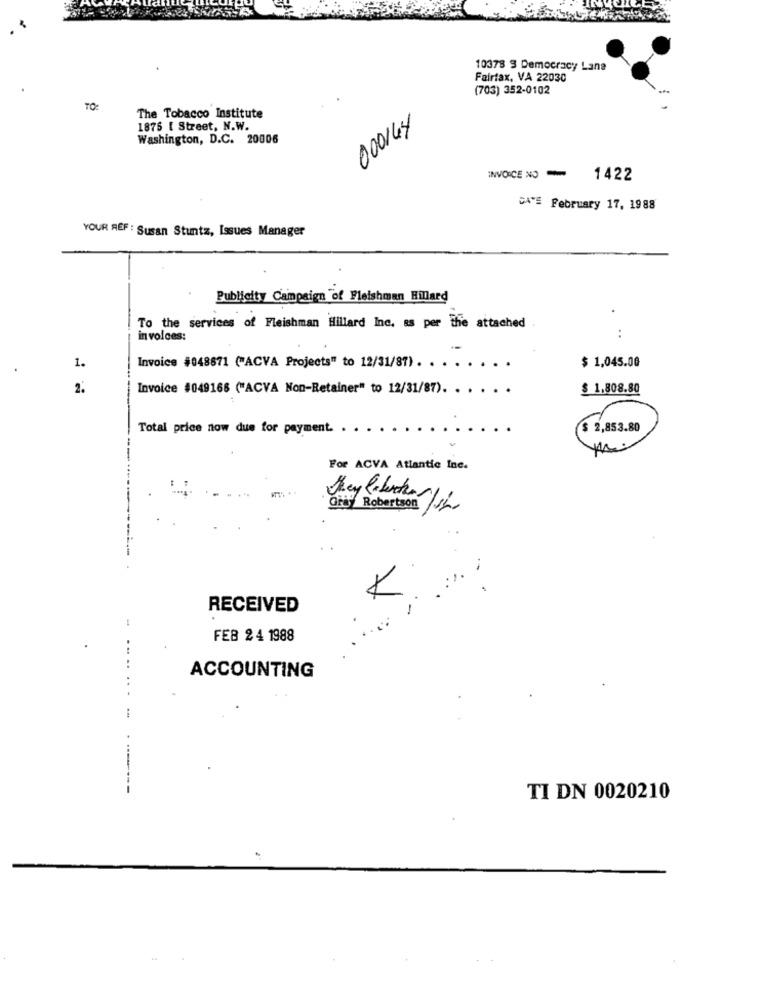
10378 5 Democracy Lane
Fairfax, VA 22030
(703) 352-0102
The Tobacco Institute
1876 [ Street, N.W.
000144
Washington, D.C. 20006
INVOICE NO - 1422
DA'S February 17, 1988
YOUR REF : Susan Stuntz, Issues Manager
Publicity Campaign "of Fleishman Hillard
To the services of Fleishman Hillard Inc. as per the attached
in voices:
:
..
1.
Invoice #048671 ("ACVA Projects" to 12/31/87). . . .
$ 1,045.0G
2.
Invoice #049168 ("ACVA Non-Retainer" to 12/31/87).
.....
$ 1.808.80
Total price now due for payment. ..
$ 2,853.80
For ACVA Atlantic Ine.
Gray Robertson /12
K
RECEIVED
FEB 24 1988
... ..
ACCOUNTING
TI DN 0020210